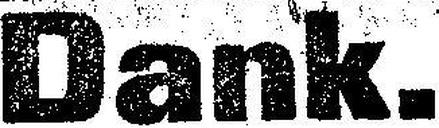
Dank.